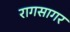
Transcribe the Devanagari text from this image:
रागसागर